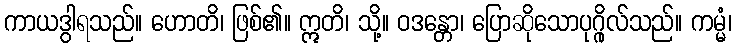
ကာယဒွါရသည်။ ဟောတိ၊ ဖြစ်၏။ ဣတိ၊ သို့။ ဝဒန္တော၊ ပြောဆိုသောပုဂ္ဂိုလ်သည်။ ကမ္မံ၊